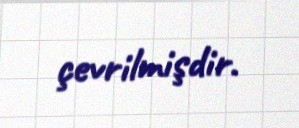
çevrilmişdir.